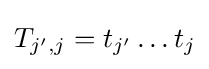
T_{j',j}=t_{j'}\dots t_{j}